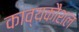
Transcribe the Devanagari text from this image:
काव्यकौशल